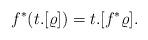
LaTeX: \begin{align*} f^*(t. [\varrho])=t. [f^*\varrho].\end{align*}